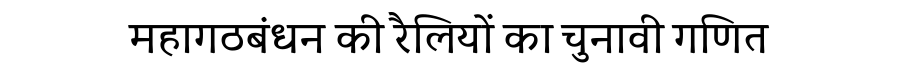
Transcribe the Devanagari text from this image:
महागठबंधन की रैलियों का चुनावी गणित